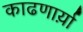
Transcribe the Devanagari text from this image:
काढणार्य़ा